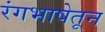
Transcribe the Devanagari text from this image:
रंगभाषेतून